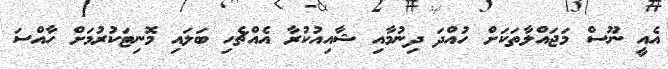
އެއީ ނޫސް މަޖައްލާތަކަށް ހުއްދަ ދިނުމާއި ޝާއިއުކުރާ އެއްޗެހި ބަލައި މޮނިޓަކުރުމަށް ހާއްސަ